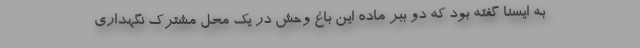
به ایسنا گفته بود که دو ببر ماده این باغ وحش در یک محل مشترک نگهداری